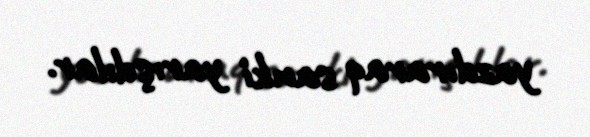
yazdıraraq sanki yarışdılar.